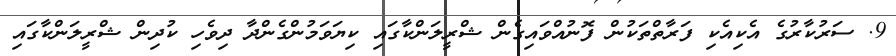
9. ސަރުކާރުގެ އެކިއެކި ފަރާތްތަކުން ފޮނުއްވައިގެން ޝްރީލަންކާގައި ކިޔަވަމުންގެންދާ ދިވެހި ކުދިން ޝްރީލަންކާގައި